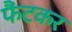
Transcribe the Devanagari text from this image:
फैंटकर